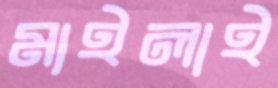
মাইলাই